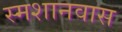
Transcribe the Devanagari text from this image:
स्मशानवास